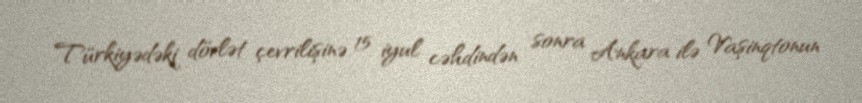
Türkiyədəki dövlət çevrilişinə 15 iyul cəhdindən sonra Ankara ilə Vaşinqtonun